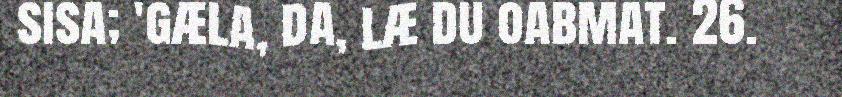
sisa; 'gæla, da, læ du oabmat. 26.